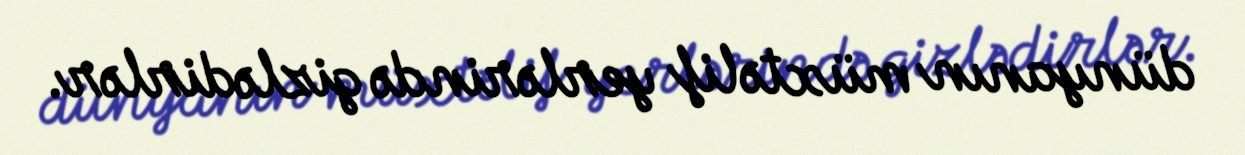
dünyanın müxtəlif yerlərində gizlədirlər.